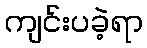
ကျင်းပခဲ့ရာ